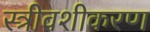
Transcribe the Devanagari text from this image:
स्त्रीवशीकरण